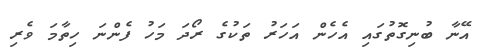
އޭނާ ބުނިގޮތުގައި އެހެން އަހަރު ތަކުގެ ރޯދަ މަހު ފެންނަ ހިތާމަ ވެރި